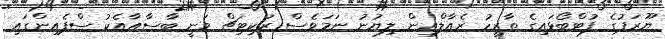
ޔޫރަޕުގެ ފުޓްބޯޅައިގެ ތާރީހު ރެއާލްއިން ލިޔުނު ނަމަވެސް ރަކިޓިޗް ވަނީ ބާސާއާއެކު ސްޕެއިންގައި